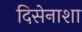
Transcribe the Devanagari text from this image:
दिसेनाशा